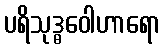
ပရိသုဒ္ဓဝေါဟာရော